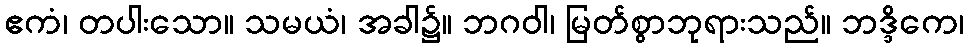
ဧကံ၊ တပါးသော။ သမယံ၊ အခါ၌။ ဘဂဝါ၊ မြတ်စွာဘုရားသည်။ ဘဒ္ဒိကေ၊